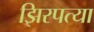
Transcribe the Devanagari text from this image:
झिरपत्या